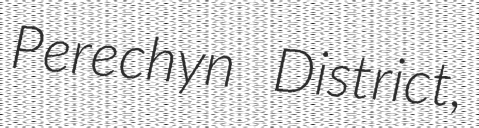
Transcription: Perechyn District,